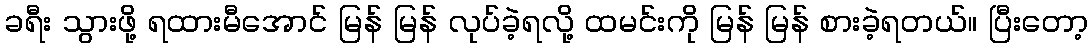
ခရီး သွားဖို့ ရထားမီအောင် မြန် မြန် လုပ်ခဲ့ရလို့ ထမင်းကို မြန် မြန် စားခဲ့ရတယ်။ ပြီးတော့